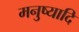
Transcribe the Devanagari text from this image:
मनुष्यादि